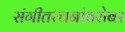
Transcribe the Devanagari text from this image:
संगीतरचनांबरोबर